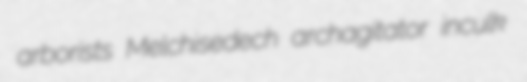
arborists Melchisedech archagitator inculk